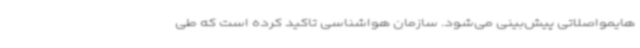
هایمواصلاتی پیش‌بینی می‌شود. سازمان هواشناسی تاکید کرده است که طی